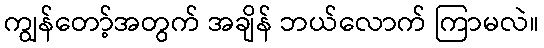
ကျွန်တော့်အတွက် အချိန် ဘယ်လောက် ကြာမလဲ။